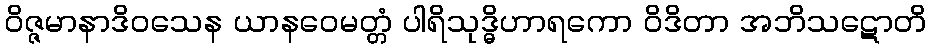
ဝိဇ္ဇမာနာဒိဝသေန ယာနဝေမတ္တံ ပါရိသုဒ္ဓိဟာရကော ဝိဒိတာ အဘိသဋောတိ